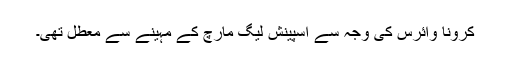
کرونا وائرس کی وجہ سے اسپینش لیگ مارچ کے مہینے سے معطل تھی۔